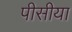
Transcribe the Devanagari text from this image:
पीसीया